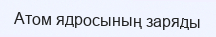
Атом ядросының заряды